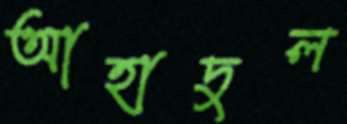
আহাদুল